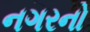
નગરનો